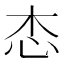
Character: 𢗦